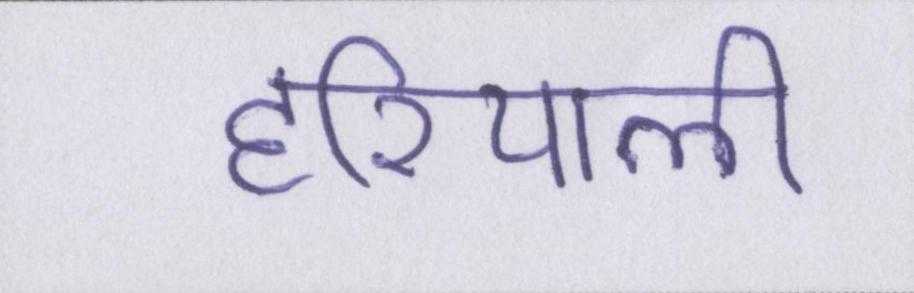
हरियाली